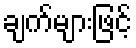
ချက်များဖြင့်